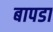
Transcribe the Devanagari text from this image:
बापडा